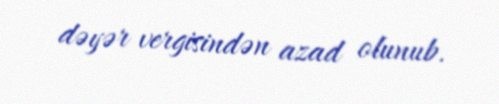
dəyər vergisindən azad olunub.